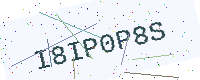
Text: I8IP0P8S